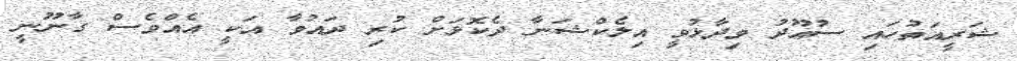
ޝަރީއަތުހައި ސުއޫދު ވިދާޅުވީ އިލެކްޝަނާ ދެކޮޅަށް ކުރި ދައުވާ އަކީ އެއްވެސް ގާނޫނީ